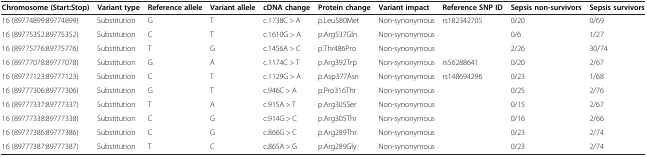
| Chromosome (Start:Stop) | Variant type | Reference allele | Variant allele | cDNA change | Protein change | Variant impact | Reference SNP ID | Sepsis non-survivors | Sepsis survivors |
 | --- | --- | --- | --- | --- | --- | --- | --- | --- | --- |
 | 16 (89774899:89774899) | Substitution | G | T | c.1738C > A | p.Leu580Met | Non-synonymous | rs182342705 | 0/20 | 0/69 |
 | 16 (89775352:89775352) | Substitution | C | T | c.1610G > A | p.Arg537Gln | Non-synonymous |  | 0/6 | 1/27 |
 | 16 (89775776:89775776) | Substitution | T | G | c.1456A > C | p.Thr486Pro | Non-synonymous |  | 2/26 | 30/74 |
 | 16 (89777078:89777078) | Substitution | G | A | c.1174C > T | p.Arg392Trp | Non-synonymous | rs56288641 | 0/20 | 2/67 |
 | 16 (89777123:89777123) | Substitution | C | T | c.1129G > A | p.Asp377Asn | Non-synonymous | rs148694296 | 0/23 | 1/68 |
 | 16 (89777306:89777306) | Substitution | G | T | c.946C > A | p.Pro316Thr | Non-synonymous |  | 0/25 | 2/76 |
 | 16 (89777337:89777337) | Substitution | T | A | c.915A > T | p.Arg305Ser | Non-synonymous |  | 0/15 | 2/67 |
 | 16 (89777338:89777338) | Substitution | C | G | c.914G > C | p.Arg305Thr | Non-synonymous |  | 0/16 | 2/66 |
 | 16 (89777386:89777386) | Substitution | C | G | c.866G > C | p.Arg289Thr | Non-synonymous |  | 0/23 | 2/74 |
 | 16 (89777387:89777387) | Substitution | T | C | c.865A > G | p.Arg289Gly | Non-synonymous |  | 0/23 | 2/74 |